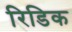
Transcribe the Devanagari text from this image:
रिडिक